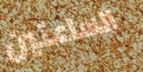
الساعتين